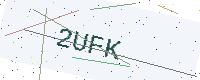
Text: 2UFK